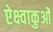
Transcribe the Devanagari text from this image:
ऐक्ष्वाकुओं